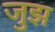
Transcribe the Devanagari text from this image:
जुझ